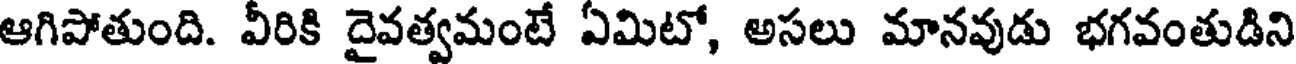
ఆగిపోతుంది. వీరికి దైవత్వమంటే ఏమిటో, అసలు మానవుడు భగవంతుడిని